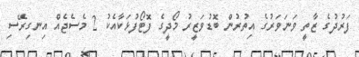
ފަރުދުގެ ޒާތީ ވަނަވަރުގެ އިތުރުން ބޮޑުވަޒީރު މޯދީގެ ފޮޓޯފުޅަކާއެކު 2 މެސެޖެއް އިނގިރޭސި